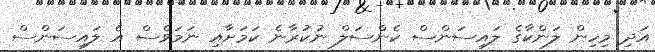
އަދި މިހިން ލަންކާގެ ލައިސަންސް ކެންސަލް ނުކުރާނެ ކަމަށާއި ނަމަވެސް އެ ލައިސަންސް